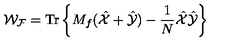
{ \mathcal { W _ { F } } } = \mathrm { T r } \left\{ M _ { f } ( \hat { \mathcal { X } } + \hat { \mathcal { Y } } ) - \frac { 1 } { N } \hat { \mathcal { X } } \hat { \mathcal { Y } } \right\}